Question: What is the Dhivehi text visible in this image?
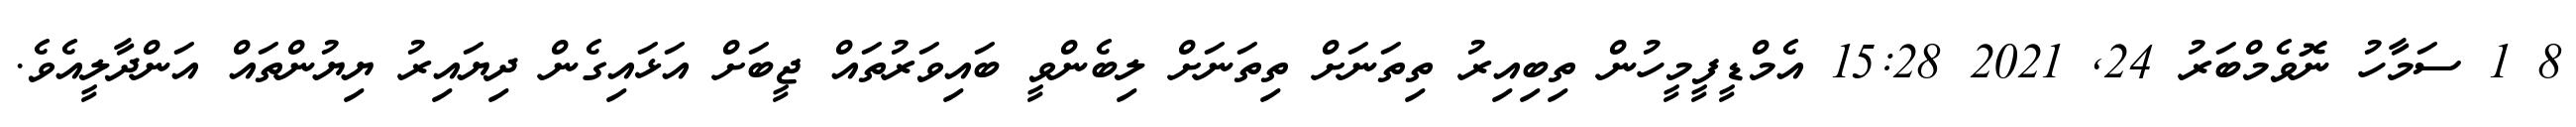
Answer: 8 1 ސަމާހު ނޮވެމްބަރު 24, 2021 15:28 އެމްޑީފީމީހުން ތިބިއިރު ތިތަނަށް ތިތަނަށް ލިބެންވީ ބައިވަރުތައް ޖީބަށް އަޅައިގެން ދިޔައިރު ޔިޔުންތައް އަންދާލީއެވެ.